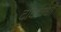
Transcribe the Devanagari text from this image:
दीर्घावधी